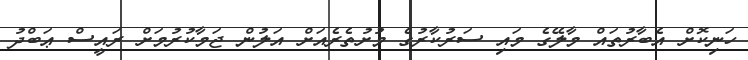
ހަނިކޮށް އެބާރުތައް މާލޭގެ މައި ސަރުކާރުގެ މުށުތެރެއަށް އަލުން ޖަމާކުރުމަށް ރައީސް ޢަބްދު